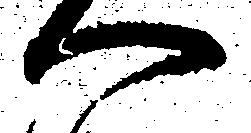
へ